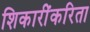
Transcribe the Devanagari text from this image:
शिकारींकरिता